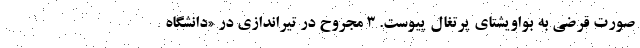
صورت قرضی به بواویشتای پرتغال پیوست. 3 مجروح در تیراندازی در «دانشگاه